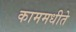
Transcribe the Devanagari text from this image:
काममधीते